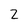
Character: 2